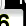
Digit: 6